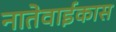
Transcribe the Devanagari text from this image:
नातेवाईकास